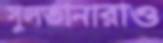
সুলতানারাও